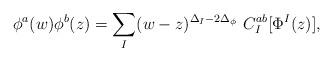
LaTeX: \begin{align*}\phi^a(w)\phi^b(z)={\sum_I}(w-z)^{\Delta_I-2\Delta_\phi}~C^{ab}_I[\Phi^I(z)],\end{align*}